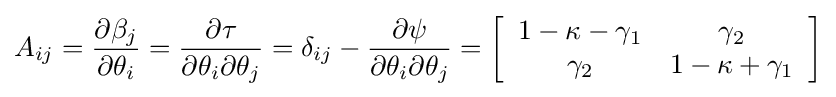
A_{ij}={\partial \beta _{j} \over \partial \theta _{i}}={\partial \tau  \over \partial \theta _{i}\partial \theta _{j}}=\delta _{ij}-{\partial \psi  \over \partial \theta _{i}\partial \theta _{j}}=\left[{\begin{array}{c c }1-\kappa -\gamma _{1}&\gamma _{2}\\\gamma _{2}&1-\kappa +\gamma _{1}\end{array}}\right]